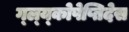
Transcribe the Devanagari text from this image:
ग्ल्य्कोपेप्तिदेस